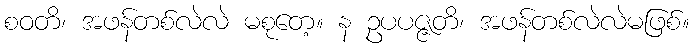
စဝတိ၊ အဖန်တစ်လဲလဲ မစုတေ့။ န ဥပပဇ္ဇတိ၊ အဖန်တစ်လဲလဲမဖြစ်။